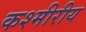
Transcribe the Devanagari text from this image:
कश्मीरीय